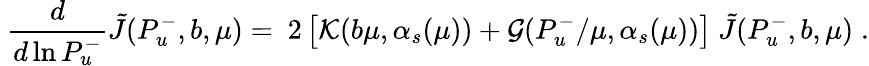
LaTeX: \ \frac{d}{d\ln P_{u}^{-}}{\tilde{J}}(P_{u}^{-},b,\mu)=\ 2\left[{\cal K}(b\mu,\alpha_{s}(\mu))+{\cal G}(P_{u}^{-}/\mu,\alpha_{s}(\mu))\right]\ {\tilde{J}}(P_{u}^{-},b,\mu)\; .